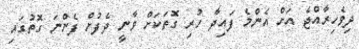
ދިވެހިރާއްޖެ އަށް އެންމެ ފައިދާ ހުރި ގޮތަކަށް ވާނީ ދެފުށް ފެންނަ ގޮތުގައި